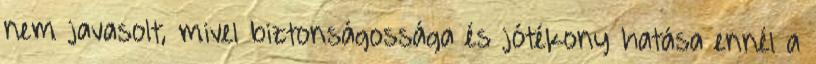
nem javasolt, mivel biztonságossága és jótékony hatása ennél a